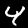
Label: 4